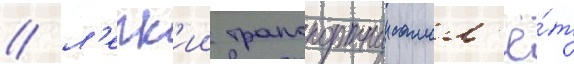
/ л'егк'ии транспортныи самол'ё́т